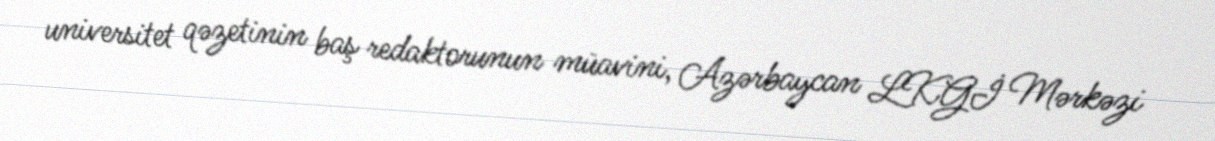
universitet qəzetinin baş redaktorunun müavini, Azərbaycan LKGİ Mərkəzi